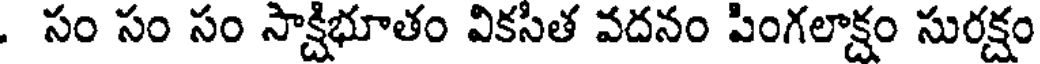
. సం సం సం సాక్షిభూతం వికసిత వదనం పింగలాక్షం సురక్షం